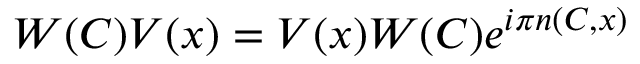
W ( C ) V ( x ) = V ( x ) W ( C ) e ^ { i \pi n ( C , x ) }